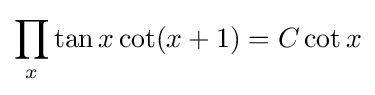
\prod _{x}\tan x\cot(x+1)=C\cot x